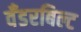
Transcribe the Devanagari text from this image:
वँडरबिल्ट